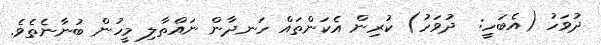
ދުވަހު (އެބަހީ:  ދުވަހު) ކުރިން އެކަންތައް ހަނދާން ނައްތާލި މީހުން ބުނާނެތެވެ.